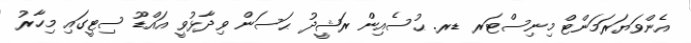
އެންވަޔަރަމަންޓް މިނިސްޓަރ ޑރ. ޙުސެއިން ރަޝީދު ޙަސަން ވިދާޅުވީ އައްޑޫ ސިޓީގައި މިހާރު